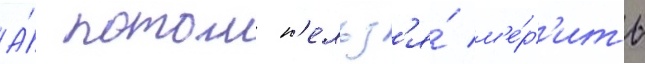
А́ потом н'ельз'я́ м'е́р'ить